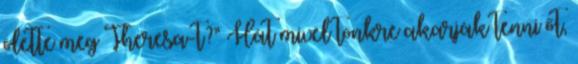
ölette meg Theresa-t?” Hát mivel tönkre akarják tenni őt,